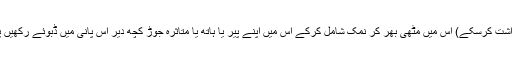
ایک ٹب میں گرم پانی (اتنا گرم ہو کہ آپ کی جلد برداشت کرسکے) اس میں مٹھی بھر کر نمک شامل کرکے اس میں اپنے پیر یا ہاتھ یا متاثرہ جوڑ کچھ دیر اس پانی میں ڈبوئے رکھیں پھر پانی سے نکال کر فوراً تولیے سے خشک کر لیں۔